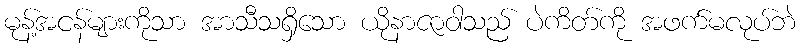
မုန့်အငန်များကိုသာ အာသီသရှိသော ယိုနာဇာဝါသည် ပဲကိတ်ကို အဖက်မလုပ်ဘဲ